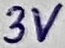
Text: 3V